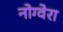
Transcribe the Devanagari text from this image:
नोग्वेरा